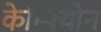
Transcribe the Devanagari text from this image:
केम्पियोन